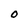
Character: O